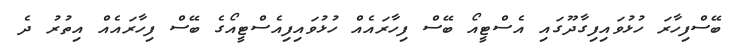
ބޭސްފިހާރަ ހުޅުވައިފިގާދޫގައި އެސްޓީއޯ ބޭސް ފިހާރައެއް ހުޅުވައިފިއެސްޓީއޯގެ ބޭސް ފިހާރައެއް އިތުރު ދެ